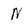
Character: N